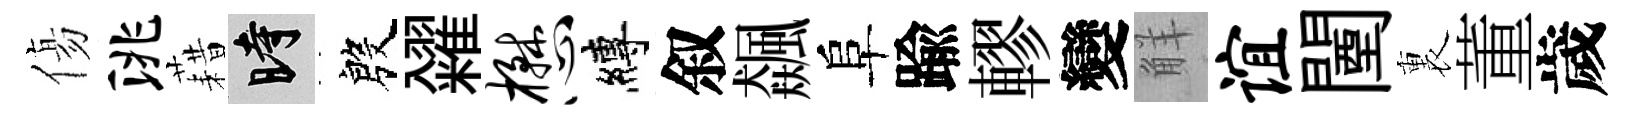
傷洮藉时殷糴懋縛叙飆阜踰轇變觧谊闉裏董歲